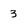
Character: 3